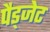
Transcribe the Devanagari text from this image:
पैड्जेट